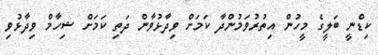
ކިޑްނީ ބަލީގެ މީހުން އިތުރުވަމުންދާ ކަމަށް ވިދާޅުވާން ދަތި ކަމަށް ޝިހާމް ވިދާޅުވި